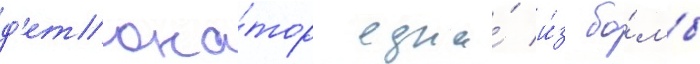
д'етона́тор одна́ и́з бо́мб